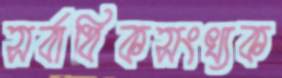
সর্বাধিকসংখ্যক